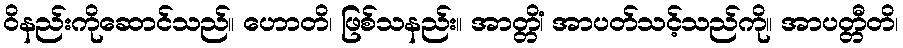
ဝိနည်းကိုဆောင်သည်။ ဟောတိ၊ ဖြစ်သနည်း။ အာတ္တိံ၊ အာပတ်သင့်သည်ကို။ အာပတ္တီတိ၊